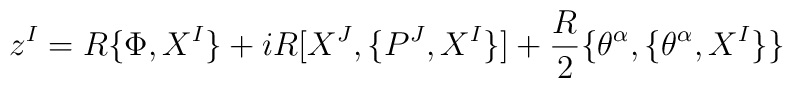
z^I  = R \{ \Phi, X^I \} + i R [ X^J, \{ P^J, X^I \} ] + \frac{R}{2} \{ \theta^\alpha, \{ \theta^\alpha, X^I \}\}